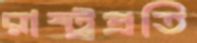
রাষ্ট্রপ্রতি